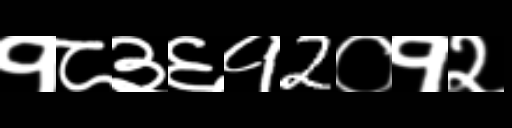
Text: १८३६१2०१२